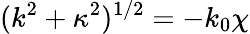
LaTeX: (k^{2}+\kappa^{2})^{1/2}=-k_{0}\chi